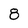
Character: 8